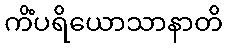
ကိံပရိယောသာနာတိ